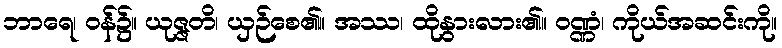
ဘာရေ၊ ဝန်၌။ ယုဇ္ဇတိ၊ ယှဉ်စေ၏။ အဿ၊ ထိုနွားလား၏။ ဝဏ္ဏံ၊ ကိုယ်အဆင်းကို။